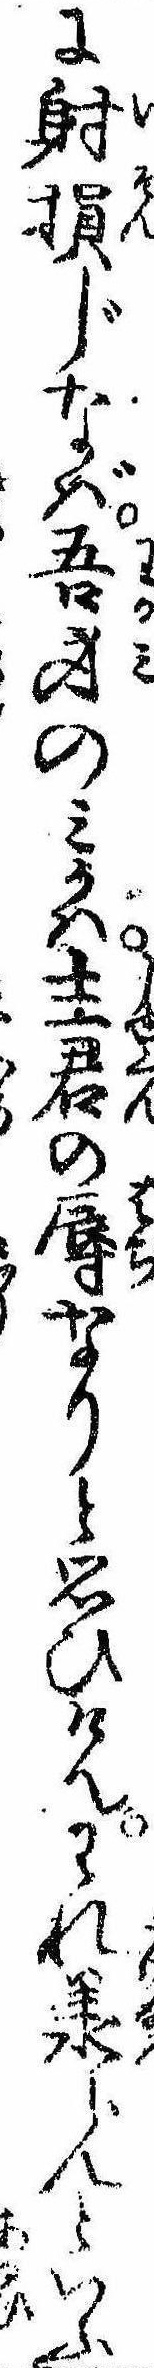
に射損じなば吾身のみかは主君の辱なりと思ひけんわれ承らんといふ